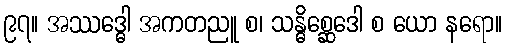
၉၇။ အဿဒ္ဓေါ အကတညူ စ၊ သန္ဓိစ္ဆေဒေါ စ ယော နရော။